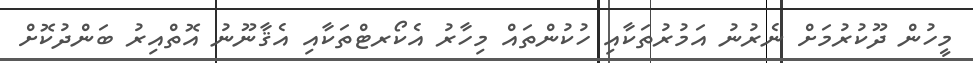
މީހުން ދޫކުރުމަށް ނެރުނު އަމުރުތަކާއި ހުކުންތައް މިހާރު އެކޯރޓްތަކާއި އެޤާނޫނު އޮތްއިރު ބަންދުކޮށް